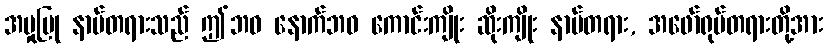
အမှုပြု နာမ်တရားသည် ဤဘဝ နောက်ဘဝ ကောင်းကျိုး ဆိုးကျိုး နာမ်တရား, အဖော်ရုပ်တရားတို့အား